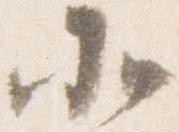
北